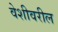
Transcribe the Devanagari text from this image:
वेशीवरील